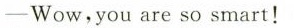
-Wow,you are so smart!